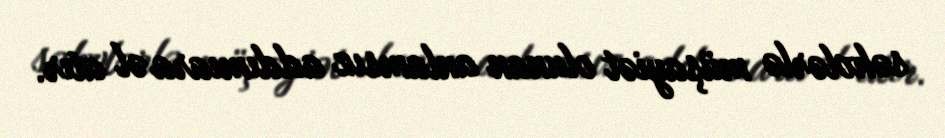
səhvlərlə müşayiət olunan anlamsız addımıara əl atır.